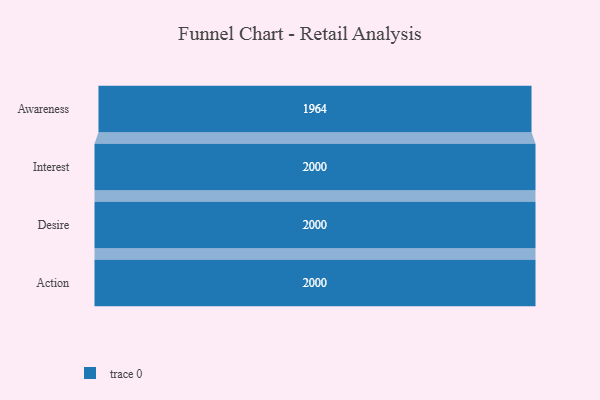
{"axis": {"x": "Stage", "y": "Value"}, "legend": [""], "data": [{"x": "Awareness", "y": 1964.0, "type": ""}, {"x": "Interest", "y": 2000, "type": ""}, {"x": "Desire", "y": 2000, "type": ""}, {"x": "Action", "y": 2000, "type": ""}]}